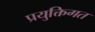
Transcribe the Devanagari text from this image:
प्रयुक्तिगत